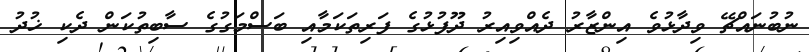
ނުބުނައްޗޭ ވިދާޅުވެ އިންޒާރު ދެއްވިއިރު ދޫފުޅުގެ ފަރިތަކަމާއި ބަސްމަގުގެ ސާބިތުކަން ދެކި ޚުދު